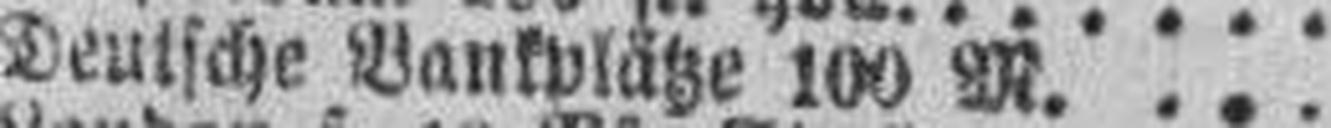
Deutsche Bankplätze 100 M.